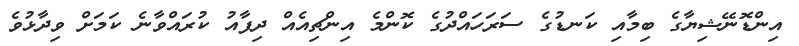
އިންޑޮނޭޝިޔާގެ ބިމާއި ކަނޑުގެ ސަރަހައްދުގެ ކޮންމެ އިންޗިއެއް ދިފާއު ކުރައްވާނެ ކަމަށް ވިދާޅުވެ